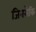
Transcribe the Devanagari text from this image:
जिनसेकि